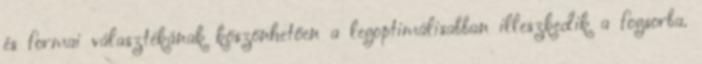
és formai választékának köszönhetően a legoptimálisabban illeszkedik a fogsorba.